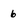
Character: 6